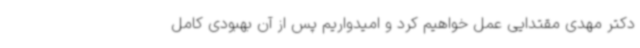
دکتر مهدی مقتدایی عمل خواهیم کرد و امیدواریم پس از آن بهبودی کامل